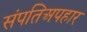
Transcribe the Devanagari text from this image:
संपतिअपहार